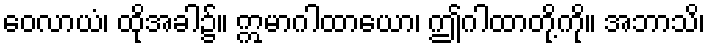
ဝေလာယံ၊ ထိုအခါ၌။ ဣမာဂါထာယော၊ ဤဂါထာတို့ကို။ အဘာသိ၊